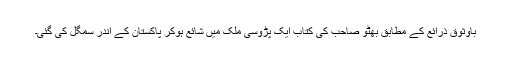
باوثوق ذرائع کے مطابق بھٹو صاحب کی کتاب ایک پڑوسی ملک میں شائع ہوکر پاکستان کے اندر سمگل کی گئی۔